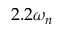
2 . 2 \omega _ { n }